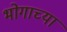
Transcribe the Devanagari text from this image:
भोगाच्या